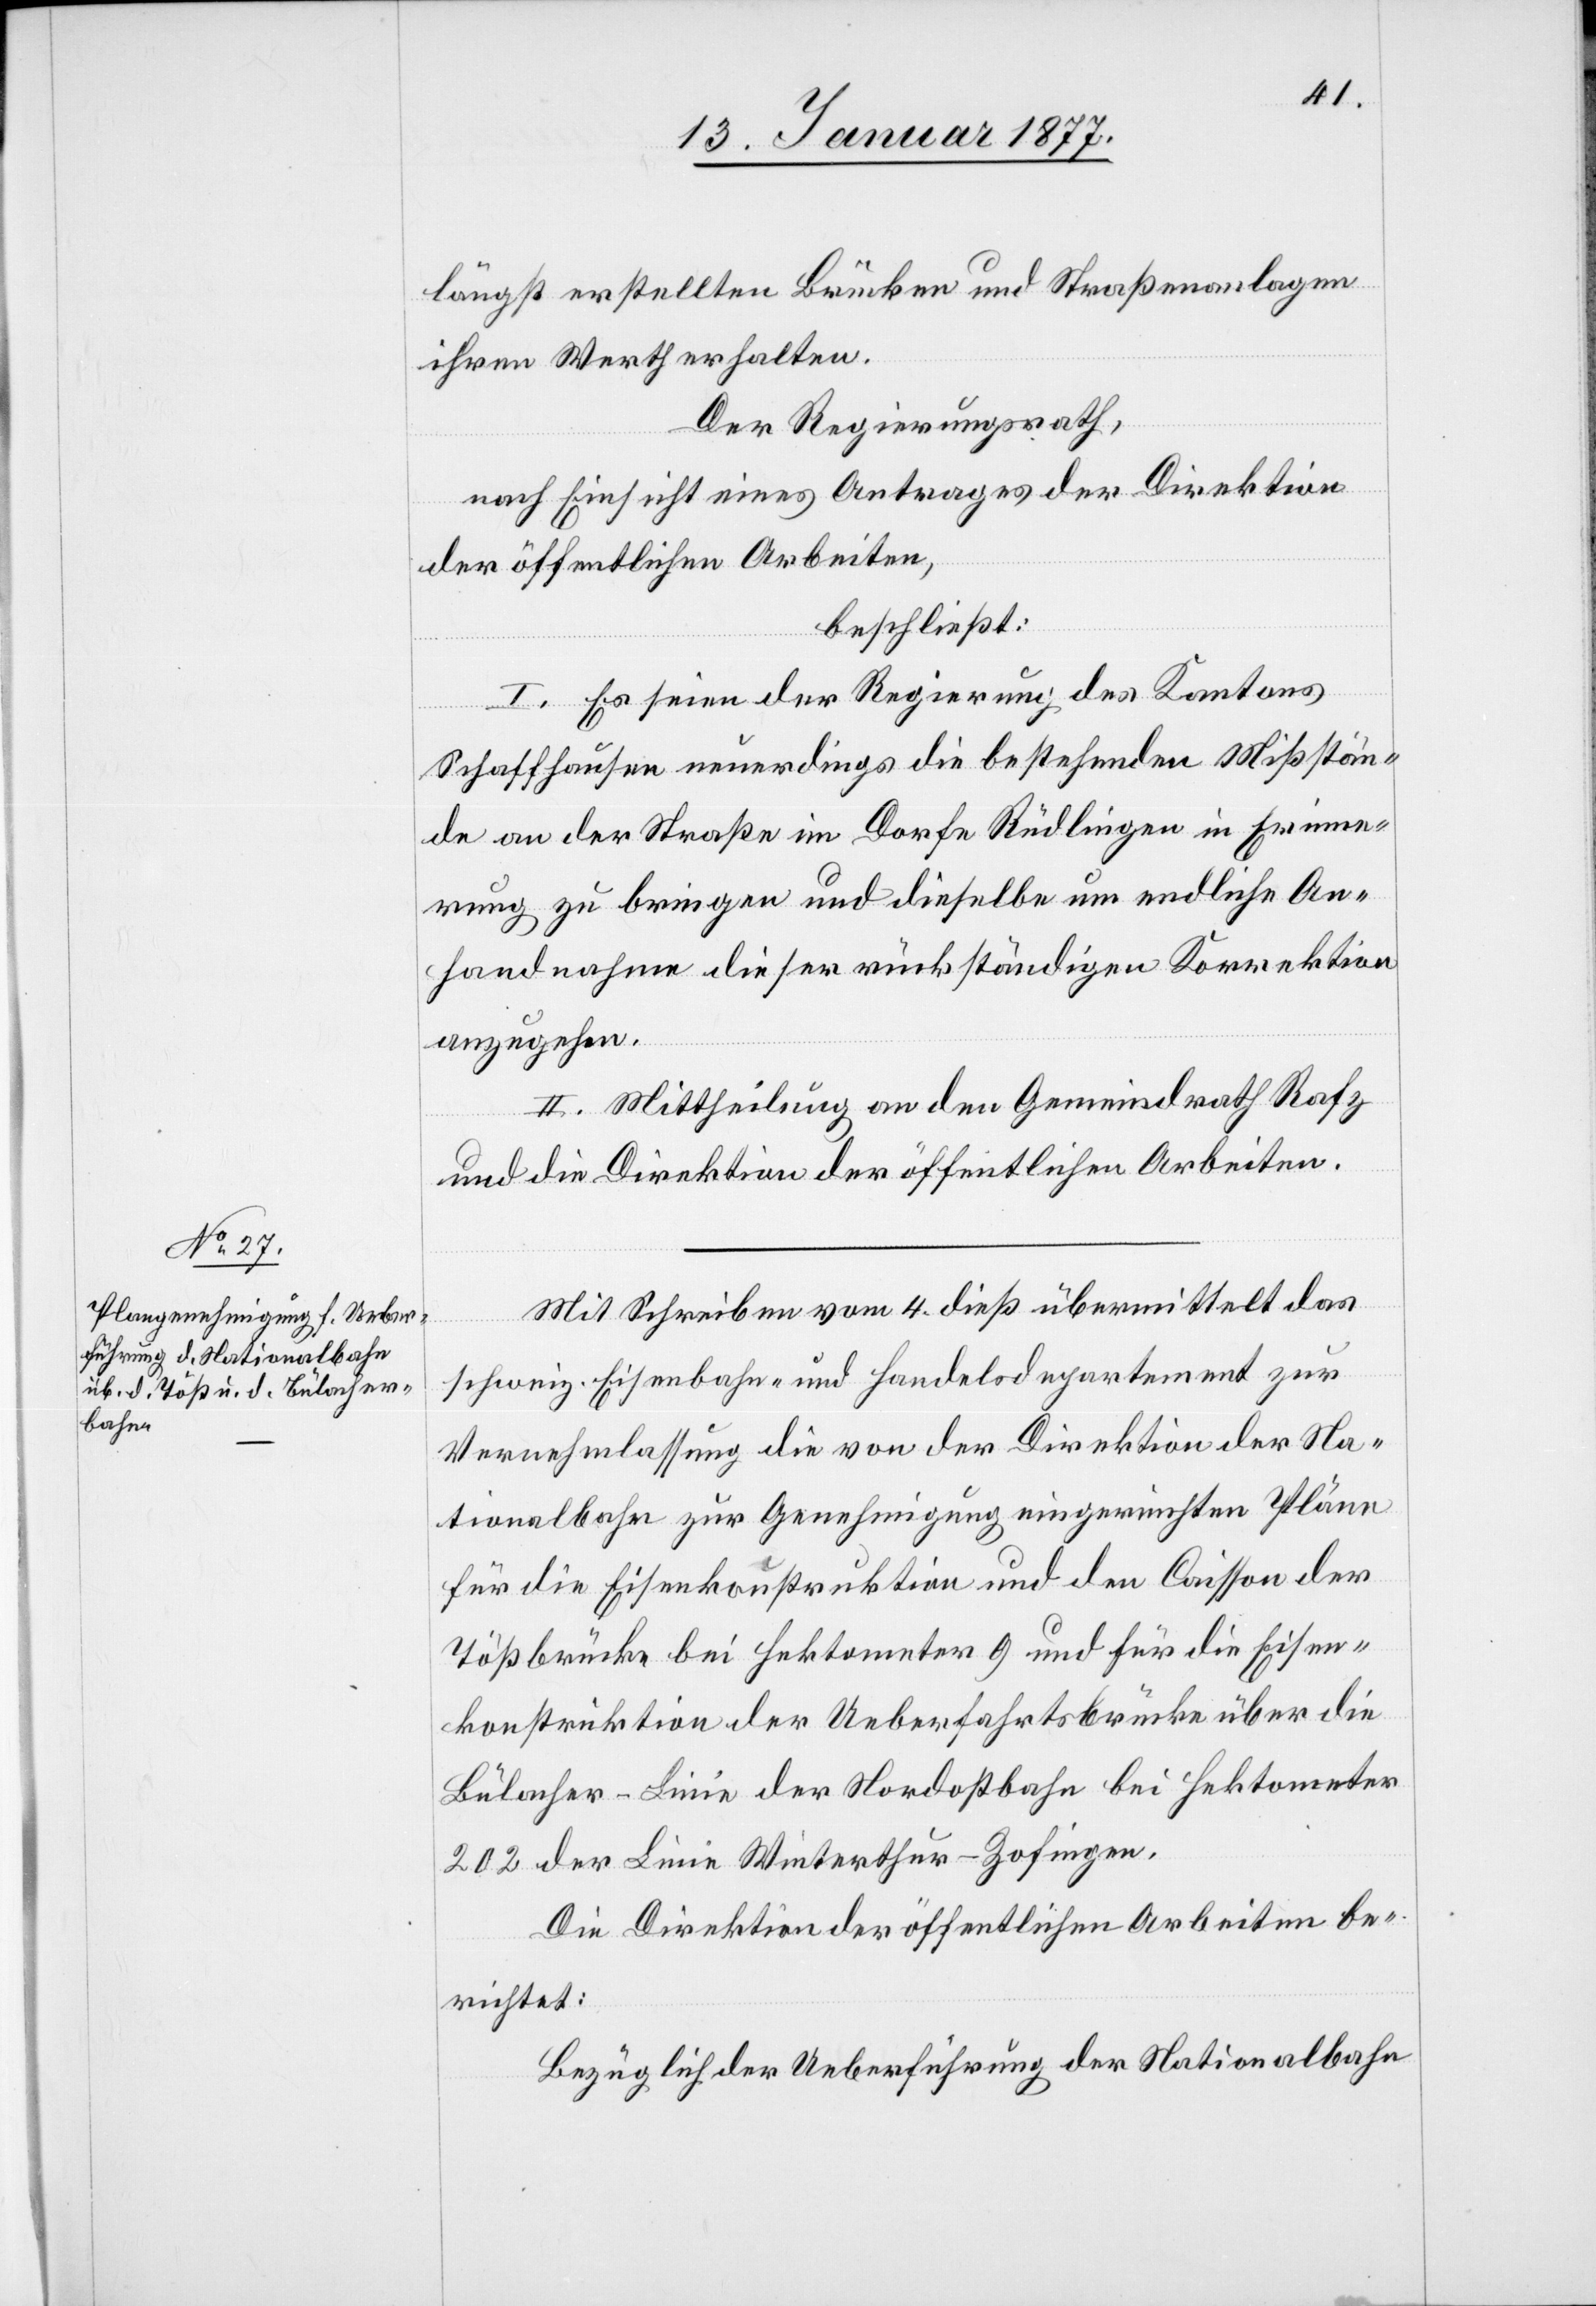
längst erstellten Brücken und Straßenanlagen
ihren Werth erhalten.
Der Regierungsrath,
nach Einsicht eines Antrages der Direktion
der öffentlichen Arbeiten,
beschließt:
I. Es seien der Regierung des Kantons
Schaffhausen neuerdings die bestehenden Mißstän¬
de an der Straße im Dorfe Rüdlingen in Erinne¬
rung zu bringen und dieselbe um endlichen An¬
handnahme dieser rückständigen Korrektionen
anzugehen.
II. Mittheilung an den Gemeindrath Rafz
und die Direktion der öffentlichen Arbeiten.
Mit Schreiben vom 4. dieß übermittelt das
schweiz. Eisenbahn- und Handelsdepartement zur
Vernehmlassung die von der Direktion der Na¬
tionalbahn zur Genehmigung eingereichten Pläne
für die Eisenkonstruktion und den Caisson der
Tößbrücke bei Hektometer 9 und für die Eisen¬
konstruktion der Ueberfahrtsbrücke über die
Bülacher-Linie der Nordostbahn bei Hektometer
202 der Linie Winterthur–Zofingen.
Die Direktion der öffentlichen Arbeiten be¬
richtet:
Bezüglich der Ueberführung der Nationalbahn